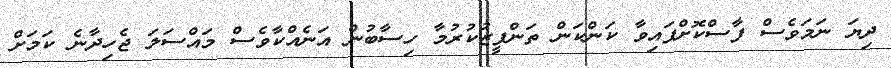
ދިޔަ ނަމަވެސް ފާސްކޮށްފައިވާ ކަންކަން ތަންފީޒުކުރުމާ ހިސާބުން އަނެއްކާވެސް މައްސަލަ ޖެހިދާނެ ކަމަށް